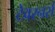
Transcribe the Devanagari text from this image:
टेवरनर्स